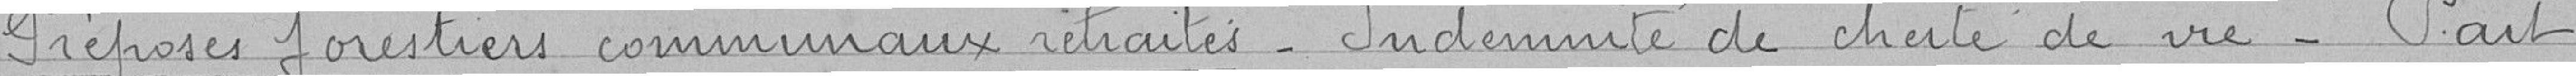
Préposés forestiers communaux retraités. Indemnité de chute de vie - Part